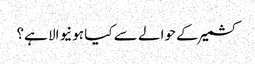
کشمیر کے حوالے سے کیا ہونیوالا ہے؟